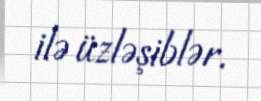
ilə üzləşiblər.